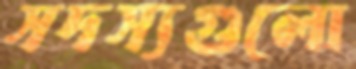
সদস্যগুলো